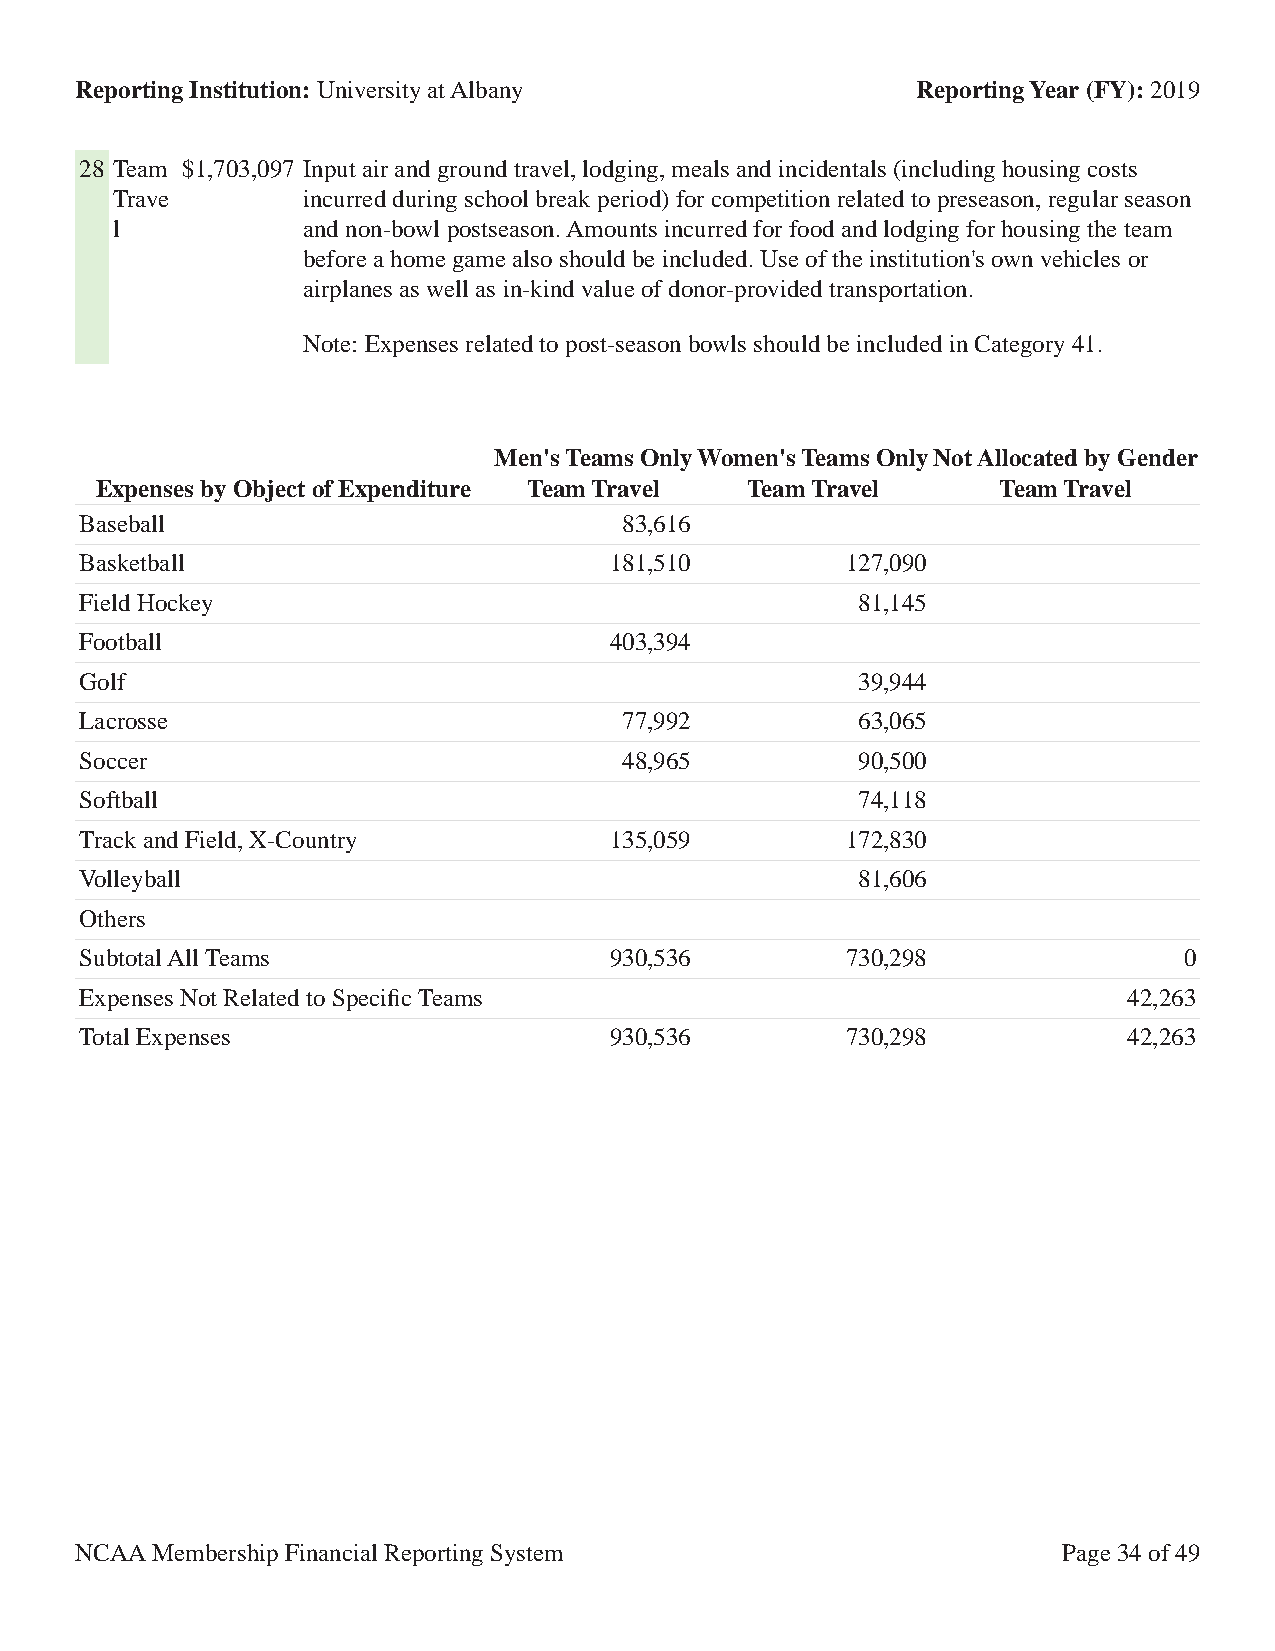
Reporting Institution: University at Albany             Reporting Year (FY): 2019
 28 Team $1,703,097 Input air and ground travel, lodging, meals and incidentals (including housing costs
 Trave        incurred during school break period) for competition related to preseason, regular season
 l            and non-bowl postseason. Amounts incurred for food and lodging for housing the team
 before a home game also should be included. Use of the institution's own vehicles or
 airplanes as well as in-kind value of donor-provided transportation.
 Note: Expenses related to post-season bowls should be included in Category 41.
 Men's Teams OnlyWomen's Teams OnlyNot Allocated by Gender
 Expenses by Object of Expenditure Team Travel Team Travel   Team Travel
 Baseball                            83,616
 Basketball                         181,510         127,090
 Field Hockey                                        81,145
 Football                           403,394
 Golf                                                39,944
 Lacrosse                            77,992          63,065
 Soccer                              48,965          90,500
 Softball                                            74,118
 Track and Field, X-Country         135,059         172,830
 Volleyball                                          81,606
 Others
 Subtotal All Teams                 930,536         730,298               0
 Expenses Not Related to Specific Teams                                42,263
 Total Expenses                     930,536         730,298            42,263
 NCAA Membership Financial Reporting System                       Page 34 of 49